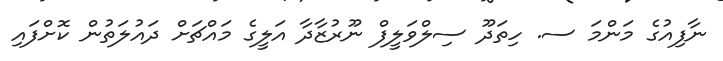
ނާފިއުގެ މަންމަ ސ. ހިތަދޫ ސިލްވަލީފް ނޫރުޒާދާ އަލީގެ މައްޗަށް ދައުލަތުން ކޮށްފައި